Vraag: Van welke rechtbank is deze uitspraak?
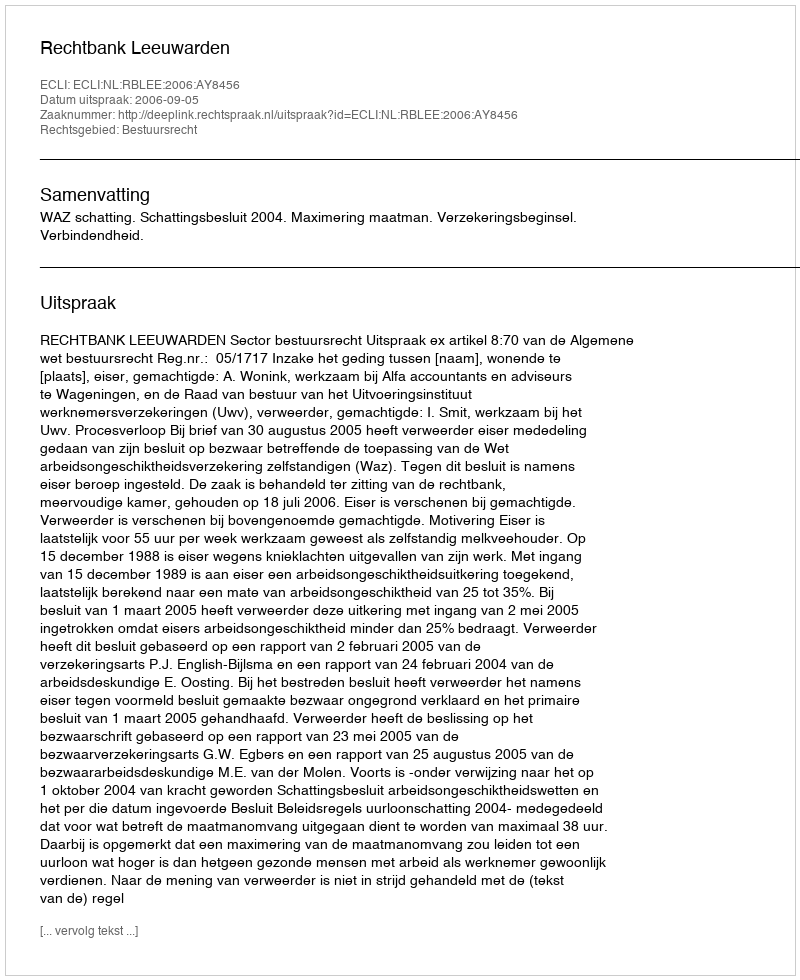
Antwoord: Rechtbank Leeuwarden